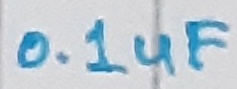
Text: 0.1uF